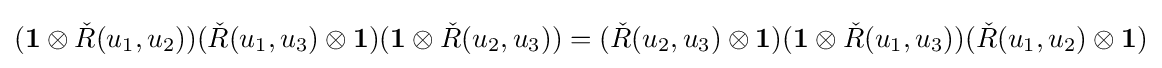
(\mathbf {1} \otimes {\check {R}}(u_{1},u_{2}))({\check {R}}(u_{1},u_{3})\otimes \mathbf {1} )(\mathbf {1} \otimes {\check {R}}(u_{2},u_{3}))=({\check {R}}(u_{2},u_{3})\otimes \mathbf {1} )(\mathbf {1} \otimes {\check {R}}(u_{1},u_{3}))({\check {R}}(u_{1},u_{2})\otimes \mathbf {1} )